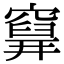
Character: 𥨗